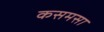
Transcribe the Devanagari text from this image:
कसमसा